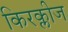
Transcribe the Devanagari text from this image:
किरक्लीज